Annual statistical returns and brief notes on vaccination in Bengal - 1909-1929
Year: 1909
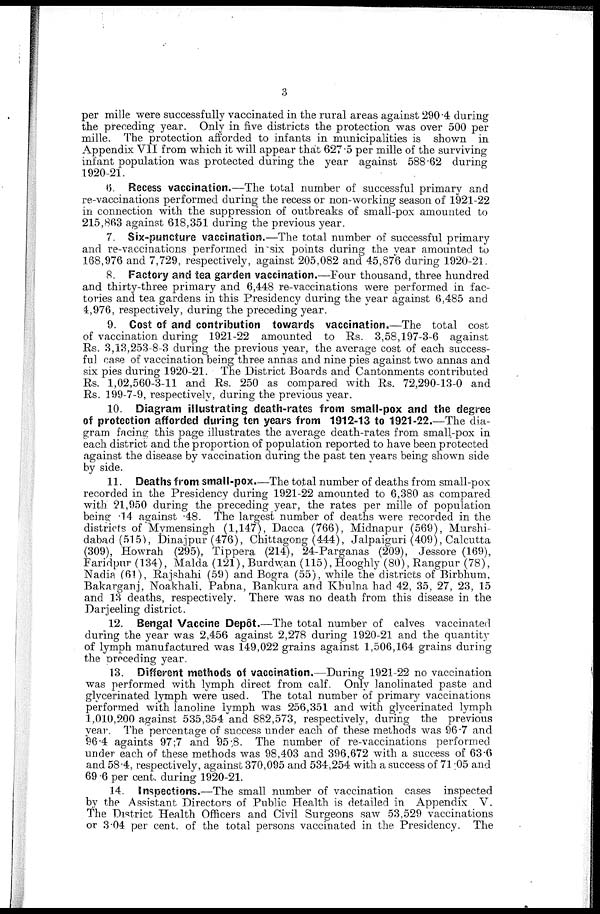
3
per mille were successfully vaccinated in the rural areas against 290.4 during
the preceding year. Only in five districts the protection was over 500 per
mille. The protection afforded to infants in municipalities is shown in
Appendix VII from which it will appear that 627.5 per mille of the surviving
infant population was protected during the year against 588.62 during
1920-21.
6. Recess vaccination.—The total number of successful primary and
re-vaccinations performed during the recess or non-working season of 1921-22
in connection with the suppression of outbreaks of small-pox amounted to
215,863 against 618,351 during the previous year.
7. Six-puncture vaccination.—The total number of successful primary
and re-vaccinations performed in six points during the year amounted to
168,976 and 7,729, respectively, against 205,082 and 45,876 during 1920-21.
8. Factory and tea garden vaccination.—Four thousand, three hundred
and thirty-three primary and 6,448 re-vaccinations were performed in fac-
tories and tea gardens in this Presidency during the year against 6,485 and
4,976, respectively, during the preceding year.
9. Cost of and contribution towards vaccination.—The total cost
of vaccination during 1921-22 amounted to Rs. 3,58,197-3-6 against
Rs. 3,13,253-8-3 during the previous year, the average cost of each success-
ful case of vaccination being three annas and nine pies against two annas and
six pies during 1920-21. The District Boards and Cantonments contributed
Rs. 1,02,560-3-11 and Rs. 250 as compared with Rs. 72,290-13-0 and
Rs. 199-7-9, respectively, during the previous year.
10. Diagram illustrating death-rates from small-pox and the degree
of protection afforded during ten years from 1912-13 to 1921-22.—The dia-
gram facing this page illustrates the average death-rates from small-pox in
each district and the proportion of population reported to have been protected
against the disease by vaccination during the past ten years being shown side
by side.
11. Deaths from small-pox.—The total number of deaths from small-pox
recorded in the Presidency during 1921-22 amounted to 6,380 as compared
with 21,950 during the preceding year, the rates per mille of population
being .14 against .48. The largest number of deaths were recorded in the
districts of Mymensingh (1,147), Dacca (766), Midnapur (569), Murshi¬
dabad (515), Dinajpur (476), Chittagong (444), Jalpaiguri (409), Calcutta
(309), Howrah (295), Tippera (214), 24-Parganas (209), Jessore (169),
Faridpur (134), Malda (121), Burdwan (115), Hooghly (80), Rangpur (78),
Nadia (61), Rajshahi (59) and Bogra (55), while the districts of Birbhum,
Bakarganj, Noakhali, Pabna, Bankura and Khulna had 42, 35, 27, 23, 15
and 13 deaths, respectively. There was no death from this disease in the
Darjeeling district.
12. Bengal Vaccine Depôt.—The total number of calves vaccinated
during the year was 2,456 against 2,278 during 1920-21 and the quantity
of lymph manufactured was 149,022 grains against 1,506,164 grains during
the preceding year.
13. Different methods of vaccination.—During 1921-22 no vaccination
was performed with lymph direct from calf. Only lanolinated paste and
glycerinated lymph were used. The total number of primary vaccinations
performed with lanoline lymph was 256,351 and with glycerinated lymph
1,010,200 against 535,354 and 882,573, respectively, during the previous
year. The percentage of success under each of these methods was 96.7 and
96.4 againts 97.7 and 95.8. The number of re-vaccinations performed
under each of these methods was 98,403 and 396,672 with a success of 63.6
and 58.4, respectively, against 370,095 and 534,254 with a success of 71.05 and
69.6 per cent. during 1920-21.
14. Inspections.—The small number of vaccination cases inspected
by the Assistant Directors of Public Health is detailed in Appendix V.
The District Health Officers and Civil Surgeons saw 53,529 vaccinations
or 3.04 per cent. of the total persons vaccinated in the Presidency. The